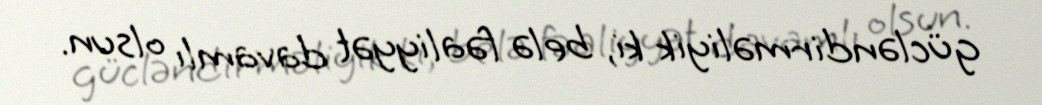
gücləndirməliyik ki, belə fəaliyyət davamlı olsun.